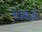
પાદશાહી